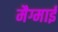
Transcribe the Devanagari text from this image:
मैग्माई